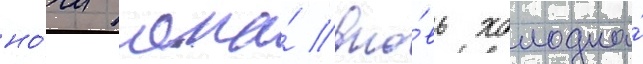
но́чи она́ вно́вь холодна́